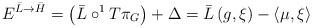
\begin{align*}E^{\bar{L}\rightarrow \bar{H}}=\left( \bar{L}\circ ^{1}T\pi_{G}\right) +\Delta =\bar{L}\left( g,\xi \right) -\left\langle \mu,\xi \right\rangle \end{align*}